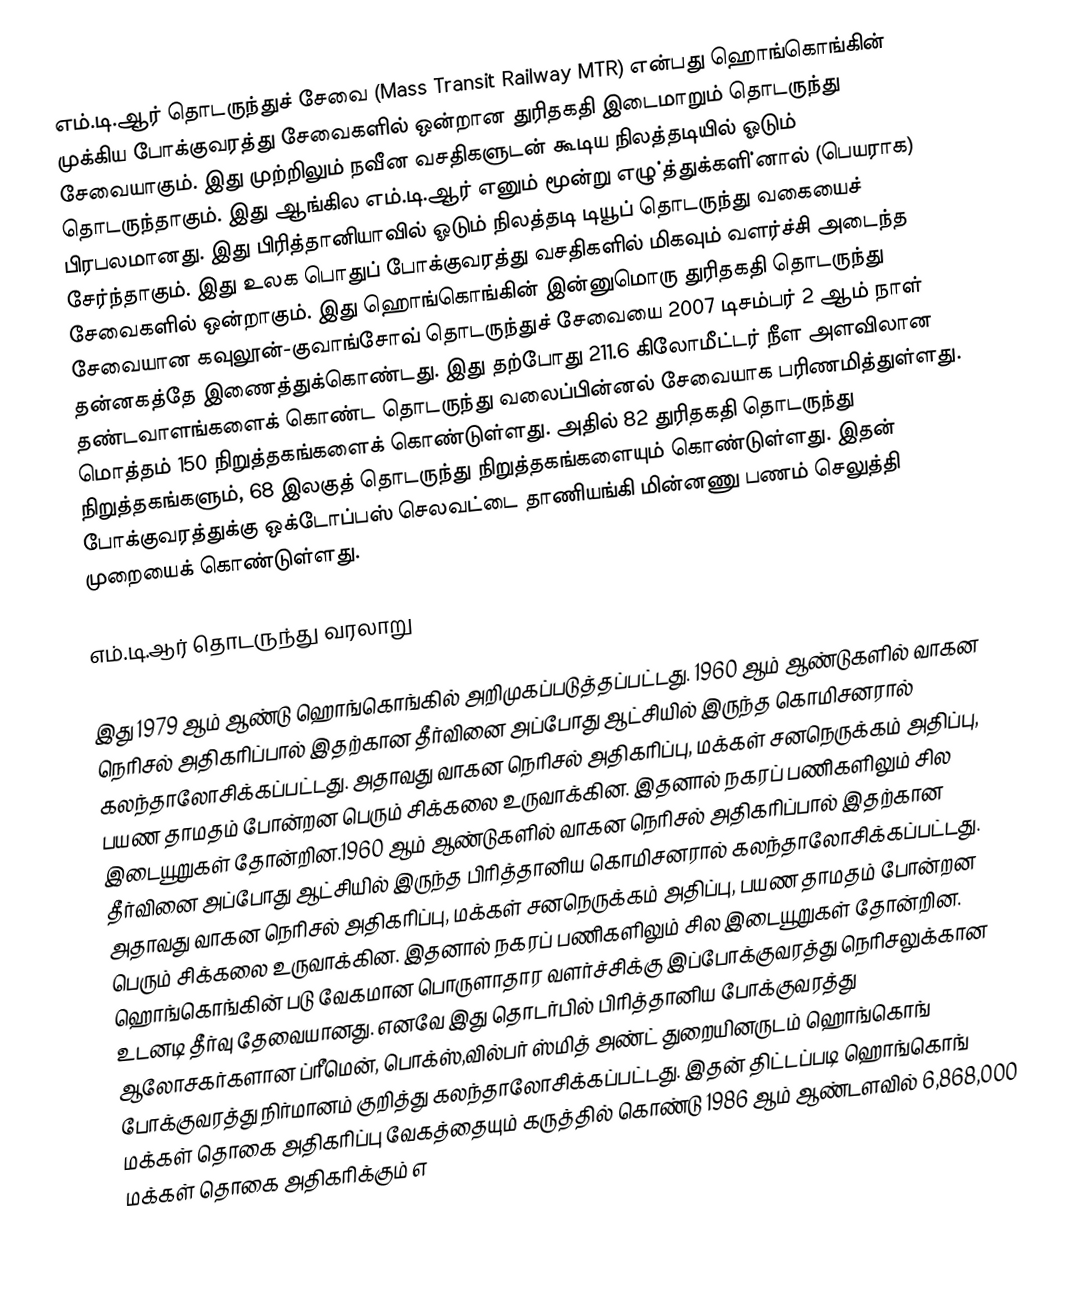
எம்.டி.ஆர் தொடருந்துச் சேவை (Mass Transit Railway MTR) என்பது ஹொங்கொங்கின் முக்கிய போக்குவரத்து சேவைகளில் ஒன்றான துரிதகதி இடைமாறும் தொடருந்து சேவையாகும். இது முற்றிலும் நவீன வசதிகளுடன் கூடிய நிலத்தடியில் ஓடும் தொடருந்தாகும். இது ஆங்கில எம்.டி.ஆர் எனும் மூன்று எழு்த்துக்களி்னால் (பெயராக) பிரபலமானது. இது பிரித்தானியாவில் ஓடும் நிலத்தடி டியூப் தொடருந்து வகையைச் சேர்ந்தாகும். இது உலக பொதுப் போக்குவரத்து வசதிகளில் மிகவும் வளர்ச்சி அடைந்த சேவைகளில் ஒன்றாகும். இது ஹொங்கொங்கின் இன்னுமொரு துரிதகதி தொடருந்து சேவையான கவுலூன்-குவாங்சோவ் தொடருந்துச் சேவையை 2007 டிசம்பர் 2 ஆம் நாள் தன்னகத்தே இணைத்துக்கொண்டது. இது தற்போது 211.6 கிலோமீட்டர் நீள அளவிலான தண்டவாளங்களைக் கொண்ட தொடருந்து வலைப்பின்னல் சேவையாக பரிணமித்துள்ளது. மொத்தம் 150 நிறுத்தகங்களைக் கொண்டுள்ளது. அதில் 82 துரிதகதி தொடருந்து நிறுத்தகங்களும், 68 இலகுத் தொடருந்து நிறுத்தகங்களையும் கொண்டுள்ளது. இதன் போக்குவரத்துக்கு ஒக்டோப்பஸ் செலவட்டை தாணியங்கி மின்னணு பணம் செலுத்தி முறையைக் கொண்டுள்ளது.

எம்.டி.ஆர் தொடருந்து வரலாறு

இது 1979 ஆம் ஆண்டு ஹொங்கொங்கில் அறிமுகப்படுத்தப்பட்டது. 1960 ஆம் ஆண்டுகளில் வாகன நெரிசல் அதிகரிப்பால் இதற்கான தீர்வினை அப்போது ஆட்சியில் இருந்த கொமிசனரால் கலந்தாலோசிக்கப்பட்டது.  அதாவது வாகன நெரிசல் அதிகரிப்பு, மக்கள் சனநெருக்கம் அதிப்பு, பயண தாமதம் போன்றன பெரும் சிக்கலை உருவாக்கின. இதனால் நகரப் பணிகளிலும் சில இடையூறுகள் தோன்றின.1960 ஆம் ஆண்டுகளில் வாகன நெரிசல் அதிகரிப்பால் இதற்கான தீர்வினை அப்போது ஆட்சியில் இருந்த பிரித்தானிய கொமிசனரால் கலந்தாலோசிக்கப்பட்டது.  அதாவது வாகன நெரிசல் அதிகரிப்பு, மக்கள் சனநெருக்கம் அதிப்பு, பயண தாமதம் போன்றன பெரும் சிக்கலை உருவாக்கின. இதனால் நகரப் பணிகளிலும் சில இடையூறுகள் தோன்றின. ஹொங்கொங்கின் படு வேகமான பொருளாதார வளர்ச்சிக்கு இப்போக்குவரத்து நெரிசலுக்கான உடனடி தீர்வு தேவையானது. எனவே இது தொடர்பில் பிரித்தானிய போக்குவரத்து ஆலோசகர்களான ப்ரீமென், பொக்ஸ்,வில்பர் ஸ்மித் அண்ட் துறையினருடம் ஹொங்கொங் போக்குவரத்து நிர்மானம் குறித்து கலந்தாலோசிக்கப்பட்டது. இதன் திட்டப்படி ஹொங்கொங் மக்கள் தொகை அதிகரிப்பு வேகத்தையும் கருத்தில் கொண்டு 1986 ஆம் ஆண்டளவில் 6,868,000 மக்கள் தொகை அதிகரிக்கும் எ